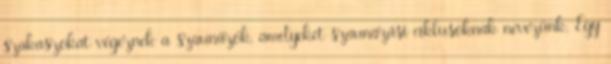
szakaszokat végeznek a szaunázók, amelyeket szaunázási ciklusoknak nevezünk. Egy